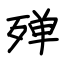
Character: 殚